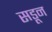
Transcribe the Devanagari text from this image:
सडून